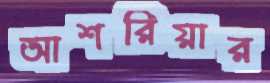
আশরিয়ার